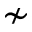
\nsim